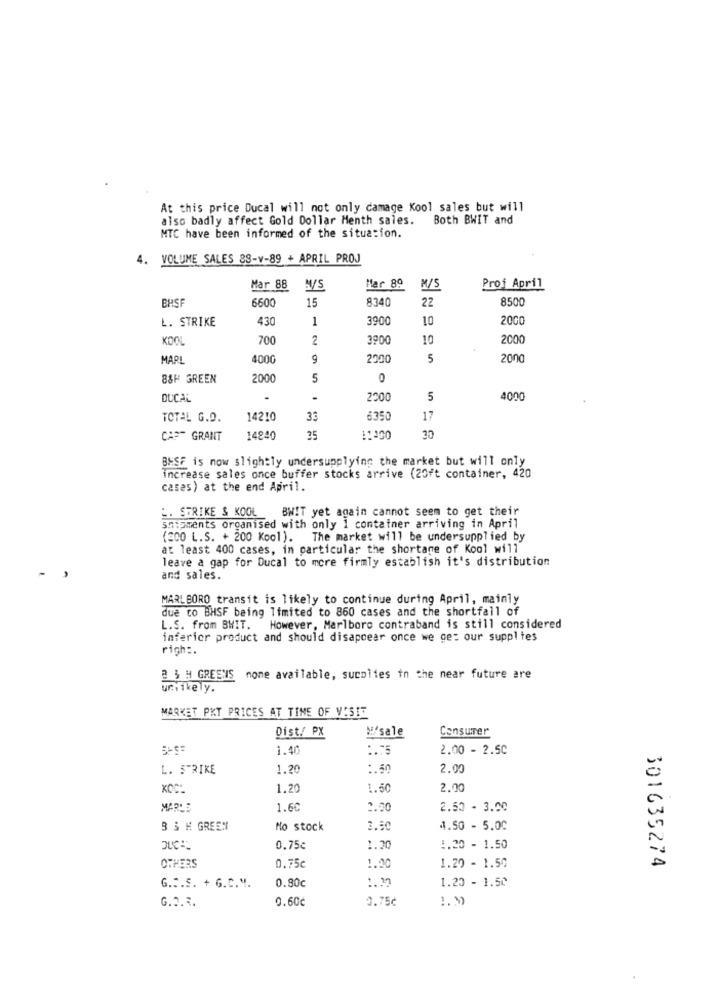
At this price Ducal will not only camage Kool sales but will
also badly affect Gold Dollar Menth sales. Both BWIT and
MTC have been informed of the situation.
4. VOLUME SALES 88-v-89 + APRIL PROJ
Har 89
Prof April
Mar 88
AV/S
M/S
BHSF
6600
15
8340
22
8500
L. STRIKE
430
1
3900
10
2000
KOOL
700
2
3900
10
2000
MARL
4000
9
2200
5
2000
88H GREEN
2000
5
0
DUCAL
2200
5
4000
TOTAL G.O.
14210
33
6350
17
CAST GRANT
14840
35
11300
30
BNSF is now slightly undersupplying the market but will only
increase sales once buffer stocks arrive (20ft container, 420
cases) at the end April.
BWIT yet again cannot seem to get their
L. STRIKE & KOOL
shipments organised with only 1 container arriving in April
(200 L. S. + 200 Kool). The market will be undersupplied by
at least 400 cases, in particular the shortage of Kool will
leave a gap for Ducal to more firmly establish it's distribution
and sales.
MARLBORO transit is likely to continue during April, mainly
due to BHSF being limited to 860 cases and the shortfall of
L.S. from BHIT. However, Marlboro contraband is still considered
inferior product and should disappear once we ce: our suppltes
righ :.
B & H GREENS nome available, sucolies in the near future are
ur,ikely.
MARKET PKT PRICES AT TIME OF VISIT
Dist./ PX
H/sale
Consumer
1.40
:. 75
2.00 - 2.50
L. STRIKE
1.20
:. 50
2.00
KOC
1.20
1.60
2.00
MAR'S
1.60
2.00
2.50 - 3.00
B & H GREEN
No stock
3.50
4.50 - 5.00
0.75c
1.20
1.20 - 1.50
301635274
OTHERS
0.75c
1.00
1.29 - 1.50
G.C.S. + G.C. V.
0.80c
:. "
1.20 - 1.50
G.3.3.
0.60¢
0.75€
1.M